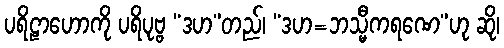
ပရိဠာဟောကို ပရိပုဗ္ဗ “ဒဟ”တည်၊ “ဒဟ=ဘသ္မီကရဏေ”ဟု ဆို၊